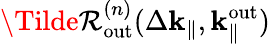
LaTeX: \Tilde{\mathcal{R}}_{\mathrm{{out}}}^{(n)}(\Delta\mathbf{{k}}_{\parallel},\mathbf{{k}}_{\parallel}^{\mathrm{{out}}})